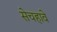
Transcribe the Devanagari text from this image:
सेचहावे